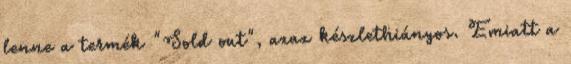
lenne a termék "Sold out", azaz készlethiányos. Emiatt a